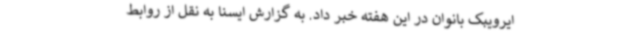
ایرویبک بانوان در این هفته خبر داد. به گزارش ایسنا به نقل از روابط